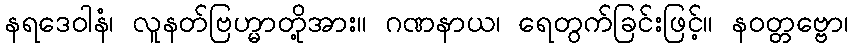
နရဒေဝါနံ၊ လူနတ်ဗြဟ္မာတို့အား။ ဂဏနာယ၊ ရေတွက်ခြင်းဖြင့်။ နဝတ္တဗ္ဗော၊